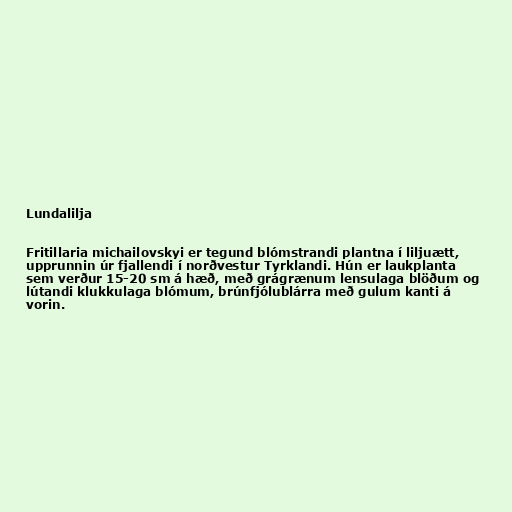
Lundalilja

Fritillaria michailovskyi er tegund blómstrandi plantna í liljuætt,
upprunnin úr fjallendi í norðvestur Tyrklandi. Hún er laukplanta
sem verður 15-20 sm á hæð, með grágrænum lensulaga blöðum og
lútandi klukkulaga blómum, brúnfjólublárra með gulum kanti á
vorin.